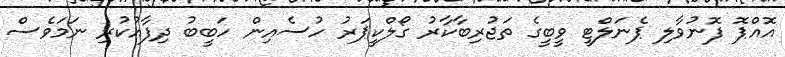
އޮއްޕޮ ފޮނުވާލި ޕެނަލްޓީ ވީބީގެ ތަޖުރިބާކާރު ގޯލްކީޕަރު ހުސެއިން ހަބީބު ދިފާއުކުރި ނަމަވެސް